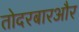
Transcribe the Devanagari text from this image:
तोदरबारऔर